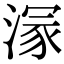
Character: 溕